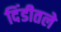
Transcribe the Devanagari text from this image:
दिंडीतले